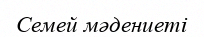
Семей мәдениеті